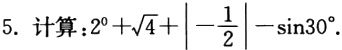
5. 计算：\(2^{0}+\sqrt{4}+\left|-\frac{1}{2}\right|-\sin30^{\circ}\)。